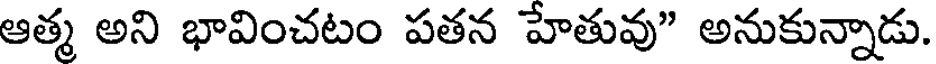
ఆత్మ అని భావించటం పతన హేతువు" అనుకున్నాడు.